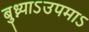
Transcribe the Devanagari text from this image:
बुध्न्याऽउपमाऽ